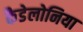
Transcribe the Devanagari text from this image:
कैडेलोनिया